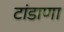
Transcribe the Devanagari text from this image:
टांडाणा